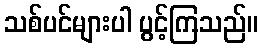
သစ်ပင်များပါ ပွင့်ကြသည်။